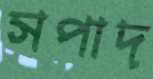
সপাদ